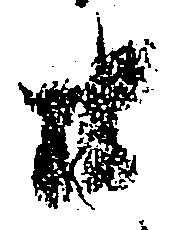
廿